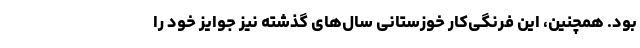
بود. همچنین، این فرنگی‌کار خوزستانی سال‌های گذشته نیز جوایز خود را